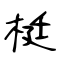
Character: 梃